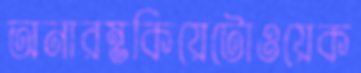
অনারম্ভকিয়েটোওয়েক